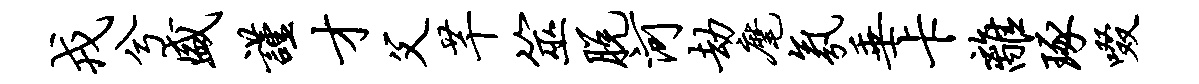
戎兮盛谨才父芊筮脱河劫麾氛垂卡离琢啜